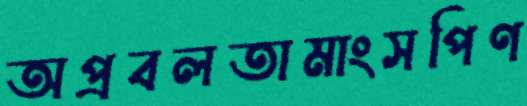
অপ্রবলতামাংসপিণ